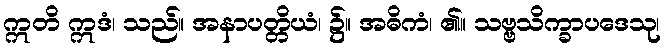
ဣတိ ဣဒံ၊ သည်။ အနာပတ္တိယံ၊ ၌။ အဓိကံ၊ ၏။ သဗ္ဗသိက္ခာပဒေသု၊